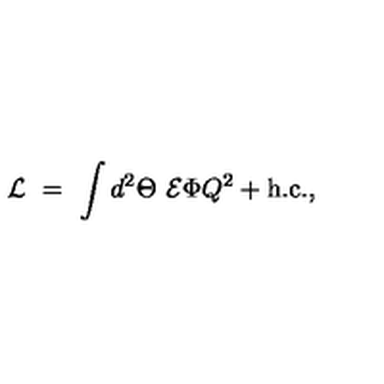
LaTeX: { \cal L } \ = \ \int d ^ { 2 } \Theta \ { \cal E } \Phi Q ^ { 2 } + \mathrm { h . c . } ,